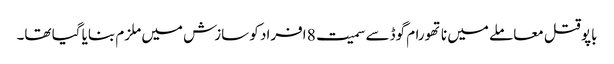
باپو قتل معاملے میں ناتھورام گوڈسے سمیت 8 افراد کو سازش میں ملزم بنایا گیا تھا۔